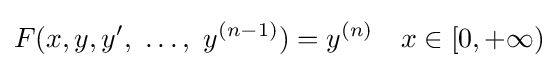
F(x,y,y',\ \dots ,\ y^{(n-1)})=y^{(n)}\quad x\in [0,+\infty )